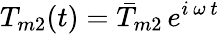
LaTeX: T_{m2}(t)=\bar{T}_{m2}\, e^{i\, \omega\, t}